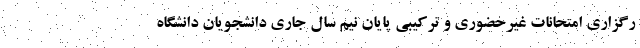
رگزاری امتحانات غیرحضوری و ترکیبی پایان نیم سال جاری دانشجویان دانشگاه